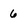
Character: 6